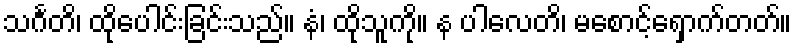
သင်္ဂတိ၊ ထိုပေါင်းခြင်းသည်။ နံ၊ ထိုသူကို။ န ပါလေတိ၊ မစောင့်ရှောက်တတ်။